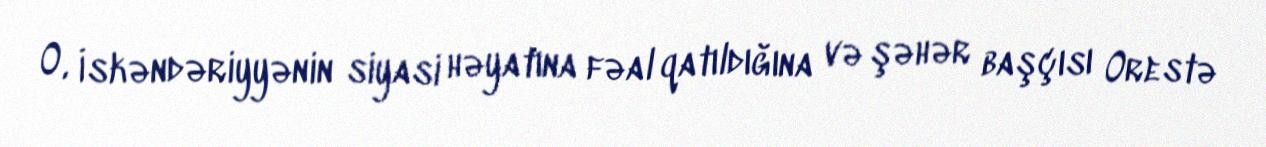
O, İskəndəriyyənin siyasi həyatına fəal qatıldığına və şəhər başçısı Orestə